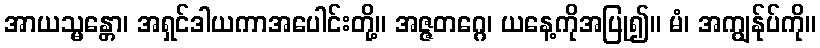
အာယသ္မန္တော၊ အရှင်ဒါယကာအပေါင်းတို့။ အဇ္ဇတဂ္ဂေ၊ ယနေ့ကိုအပြု၍။ မံ၊ အကျွန်ုပ်ကို။